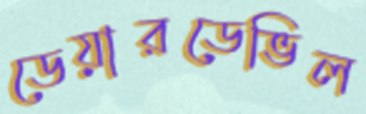
ডেয়ারডেভিল